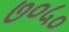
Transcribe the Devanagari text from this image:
७०५०